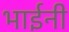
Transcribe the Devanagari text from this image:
भाईनी